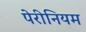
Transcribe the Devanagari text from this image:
पेरीनियम